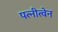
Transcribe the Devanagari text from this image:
पत्नीत्वेन